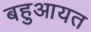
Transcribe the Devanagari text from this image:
बहुआयत